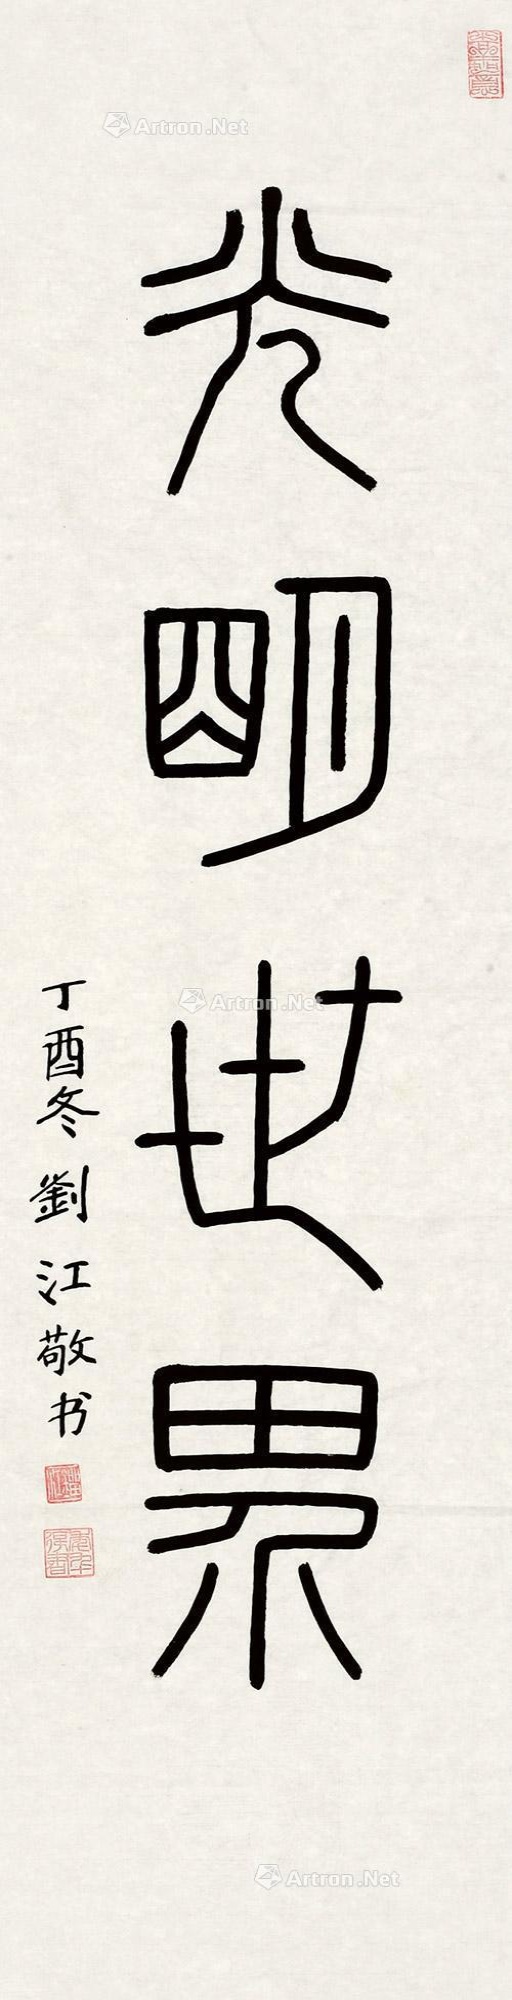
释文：光明世界。丁酉冬刘江敬书。